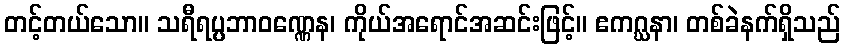
တင့်တယ်သော။ သရီရပ္ပဘာဝဏ္ဏေန၊ ကိုယ်အရောင်အဆင်းဖြင့်။ ဧကဂ္ဃနာ၊ တစ်ခဲနက်ရှိသည်